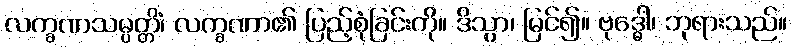
လက္ခဏသမ္ပတ္တိံ၊ လက္ခဏာ၏ ပြည့်စုံခြင်းကို။ ဒိသွာ၊ မြင်၍။ ဗုဒ္ဓေါ၊ ဘုရားသည်။